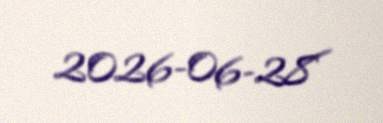
2026-06-28